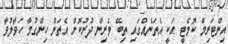
އިންޓަރިމް ކޮމެޓީ އަކީ އެތަނެއްގައި ތިބޭ ވެރިން ދުރުކޮށް އެތަން ހިންގުމާ ހަވާލުވާ